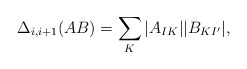
\begin{align*} \Delta_{i,i+1}(AB)=\sum_{K}|A_{IK}||B_{KI'}|,\end{align*}